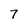
Character: 7